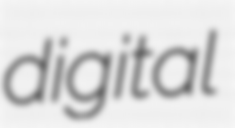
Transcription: digital